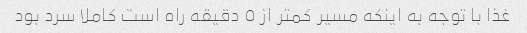
غذا با توجه به اینکه مسیر کمتر از ٥ دقیقه راه است کاملا سرد بود